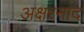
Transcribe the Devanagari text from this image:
अक्षरनाद